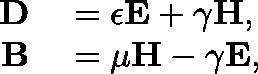
\begin{array} { r l } { \mathbf { D } } & { { } = \mathbf { \epsilon } \mathbf { E } + \mathbf { \gamma } \mathbf { H } , } \\ { \mathbf { B } } & { { } = \mathbf { \mu } \mathbf { H } - \mathbf { \gamma } \mathbf { E } , } \end{array}